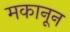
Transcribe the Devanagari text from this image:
मकानून